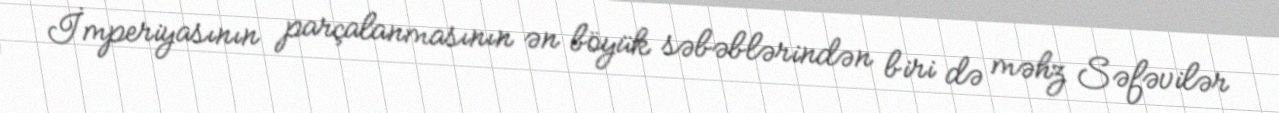
İmperiyasının parçalanmasının ən böyük səbəblərindən biri də məhz Səfəvilər